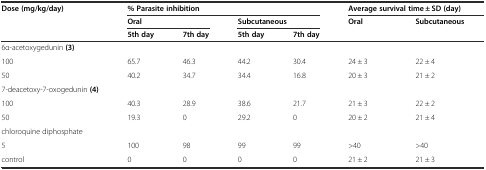
| Dose (mg/kg/day) | <COLSPAN=4> % Parasite inhibition | <COLSPAN=2> Average survival time ± SD (day) |
 |  | <COLSPAN=2> Oral | <COLSPAN=2> Subcutaneous | Oral | Subcutaneous |
 |  | 5th day | 7th day | 5th day | 7th day |  |  |
 | --- | --- | --- | --- | --- | --- | --- |
 | 6α-acetoxygedunin (3) | <COLSPAN=4>  |  |  |
 | 100 | 65.7 | 46.3 | 44.2 | 30.4 | 24 ± 3 | 22 ± 4 |
 | 50 | 40.2 | 34.7 | 34.4 | 16.8 | 20 ± 3 | 21 ± 2 |
 | 7-deacetoxy-7-oxogedunin (4) | <COLSPAN=4>  |  |  |
 | 100 | 40.3 | 28.9 | 38.6 | 21.7 | 21 ± 3 | 22 ± 2 |
 | 50 | 19.3 | 0 | 29.2 | 0 | 20 ± 2 | 21 ± 4 |
 | chloroquine diphosphate |  |  |  |  |  |  |
 | 5 | 100 | 98 | 99 | 99 | >40 | >40 |
 | control | 0 | 0 | 0 | 0 | 21 ± 2 | 21 ± 3 |